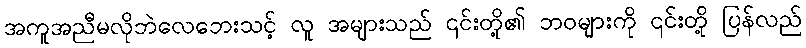
အကူအညီမလိုဘဲလေဘေးသင့် လူ အများသည် ၎င်းတို့၏ ဘဝများကို ၎င်းတို့ ပြန်လည်